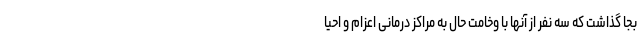
بجا گذاشت که سه نفر از آنها با وخامت حال به مراکز درمانی اعزام و احیا